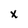
Character: x